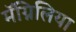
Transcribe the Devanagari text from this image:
मॅग्निलिया